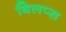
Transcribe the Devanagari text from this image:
बिलप्स